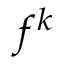
f ^ { k }